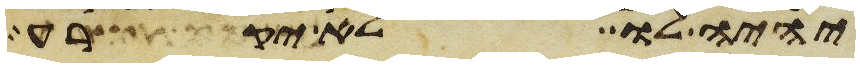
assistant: יהיה לו לא יקרע